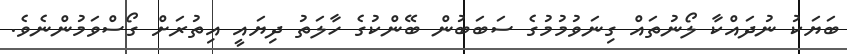
ބަޔަކު ނުދައްކާ ލޯނުތައް ގިނަވުމުމުގެ ސަބަބުން ބޭންކުގެ ހާލަތު ދިޔައީ އިތުރަށް ގޯސްވަމުންނެވެ.